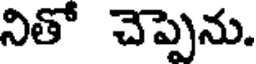
నితో చెప్పెను.